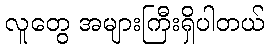
လူတွေ အများကြီးရှိပါတယ်